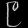
Digit: ၉